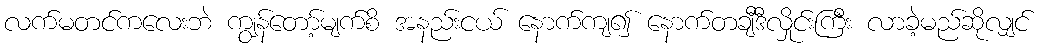
လက်မတင်ကလေးဘဲ ကျွန်တော့်မျက်စိ အနည်းငယ် နောက်ကျ၍ နောက်တချီဒီလှိုင်းကြီး လာခဲ့မည်ဆိုလျှင်